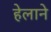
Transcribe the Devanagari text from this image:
हेलाने